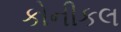
કોનીકલ